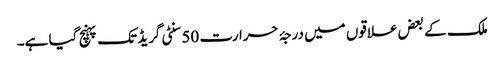
ملک کے بعض علاقوں میں درجۂ حرارت 50 سنٹی گریڈ تک پہنچ گیا ہے۔